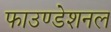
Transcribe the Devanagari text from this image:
फाउण्डेशनल